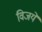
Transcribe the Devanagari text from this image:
विजये